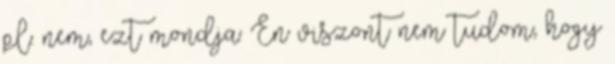
pl. nem, ezt mondja: Én viszont nem tudom, hogy